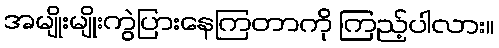
အမျိုးမျိုးကွဲပြားနေကြတာကို ကြည့်ပါလား။